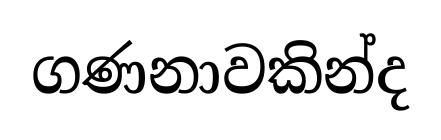
ගණනාවකින්ද